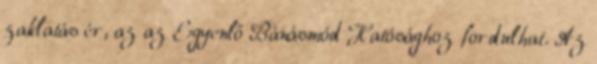
zaklatás ér, az az Egyenlő Bánásmód Hatósághoz fordulhat. Az